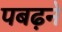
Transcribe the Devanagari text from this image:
पबढ़ने